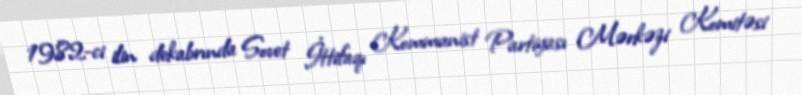
1982-ci ilin dekabrında Sovet İttifaqı Kommunist Partiyası Mərkəzi Komitəsi